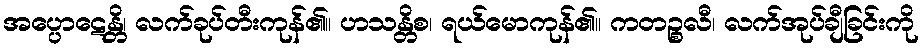
အပ္ပောဋေန္တိ၊ လက်ခုပ်တီးကုန်၏။ ဟသန္တိစ၊ ရယ်မောကုန်၏။ ကတဉ္စလီ၊ လက်အုပ်ချီခြင်းကို